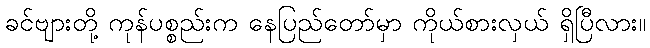
ခင်ဗျားတို့ ကုန်ပစ္စည်းက နေပြည်တော်မှာ ကိုယ်စားလှယ် ရှိပြီလား။